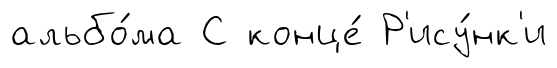
альбо́ма С конце́ Р'ису́нк'и